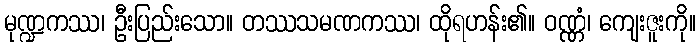
မုဏ္ဍကဿ၊ ဦးပြည်းသော။ တဿသမဏကဿ၊ ထိုရဟန်း၏။ ဝဏ္ဏံ၊ ကျေးဇူးကို။